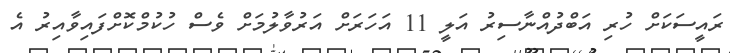
ރައީސަކަށް ހުރި އަބްދުއްނާސިރު އަލީ 11 އަހަރަށް އަރުވާލުމަށް ވެސް ހުކުމްކޮށްފައިވާއިރު އެ